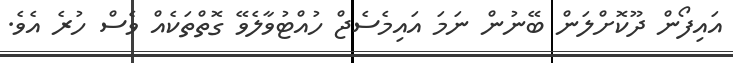
އައިފޯން ދޫކޮށްލަން ބޭނުން ނަމަ އައިމެސެޖް ހުއްޓުވާލެވޭ ގޮތްތަކެއް ވެސް ހުރެ އެވެ.